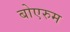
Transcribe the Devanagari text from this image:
बोएरुम